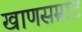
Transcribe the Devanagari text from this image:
खाणसम्राट